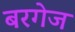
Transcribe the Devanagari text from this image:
बरगेज